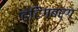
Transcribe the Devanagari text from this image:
हंटिंगबर्ग